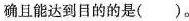
确且能达到目的的是( )。